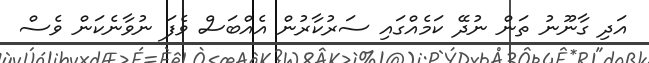
އަދި ގާނޫނު ތަން ނުދޭ ކަމެއްގައި ސަރުކާރުން އެއްބަސް ވެފަ ނުވާނެކަން ވެސް